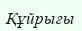
Құйрығы